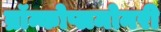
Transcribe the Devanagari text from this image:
ब्रॉन्कोप्लमोनरी